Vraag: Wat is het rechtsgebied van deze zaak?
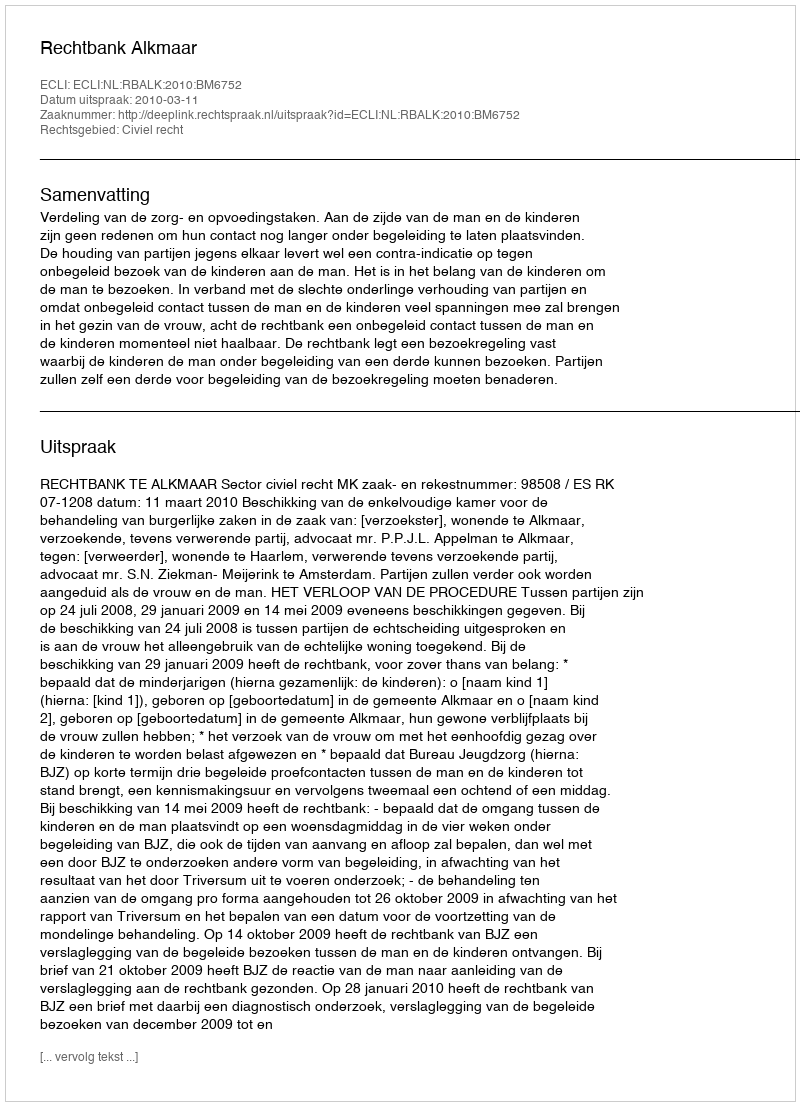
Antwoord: Civiel recht